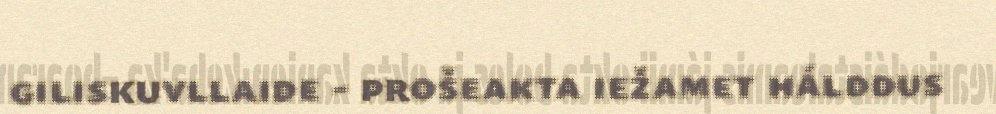
giliskuvllaide - prošeakta iežamet hálddus